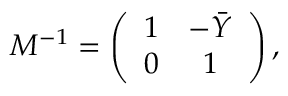
M ^ { - 1 } = \left( \begin{array} { c c } { { 1 } } & { { - \bar { Y } } } \\ { { 0 } } & { { 1 } } \end{array} \right) ,